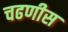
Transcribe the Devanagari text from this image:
चढणीस